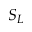
S _ { L }